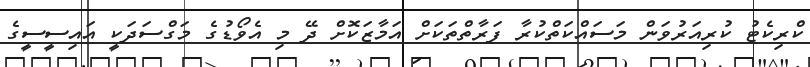
ކްރިކެޓު ކުރިއަރުވަން މަސައްކަތްކުރާ ފަރާތްތަކަށް އަމާޒަކޮށް ދޭ މި އެވޯޑުގެ މަގްސަދަކީ އައިސީސީގެ